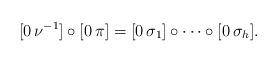
LaTeX: \begin{align*}[0\,\nu^{-1}]\circ[0\,\pi]=[0\,\sigma_1]\circ\cdots \circ [0\,\sigma_h].\end{align*}